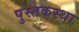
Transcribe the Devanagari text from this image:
पुस्तकस्था